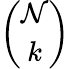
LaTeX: \binom{\mathcal{N}}{k}